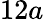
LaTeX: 12a